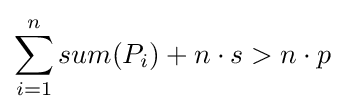
\sum _{i=1}^{n}sum(P_{i})+n\cdot s>n\cdot p